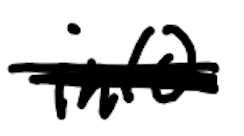
Text: into
Cross-out: scratch
Writing tool: digital_black